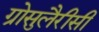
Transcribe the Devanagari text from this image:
ग्रोसुलैरीसी